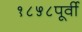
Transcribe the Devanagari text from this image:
१८५८पूर्वी